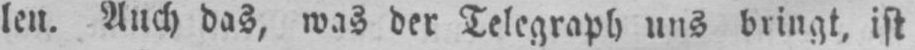
len. Auch das, was der Telegraph uns bringt, ist